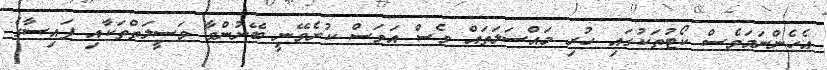
އެހެންނަމަވެސް ކޯޓުތަކުގައި ހުރި މައްސަލަތައް ވެސް އަވަސް ކުރެވޭނީ ބޭނުންވާ ވަސީލަތްތަކާއި ފައިސާގެ